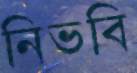
নিভবি